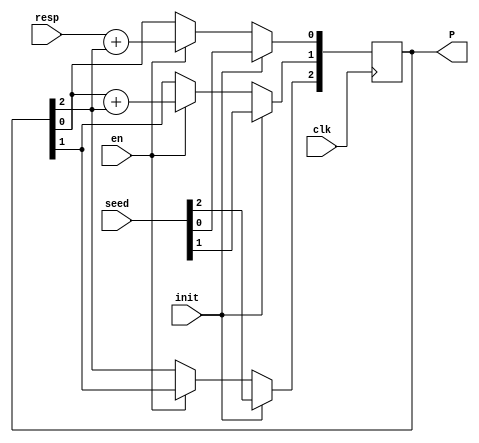
`timescale 1ns / 1ps
//////////////////////////////////////////////////////////////////////////////////
// Company: 
// Engineer: 
// 
// Design Name: 
// Module Name:    ORA_AND 
// Project Name: 
// Target Devices: 
// Tool versions: 
// Description: 
//
// Dependencies: 
//
// Revision: 
// Revision 0.01 - File Created
// Additional Comments: 
//
//////////////////////////////////////////////////////////////////////////////////
module ORA_AND(input resp,
               input clk,init,en,
					input [2:0] seed,
				   output reg [2:0] P);
always@(posedge clk)
begin
	if(init==1)P <= seed;
	else if(en==1)
	begin
	   
      P[0] <=resp+P[2];
		P[1] <= P[0]+P[2];
      P[2] <= P[1];	
	end
	else P <= P;
   
end
endmodule